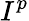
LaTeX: I^{p}